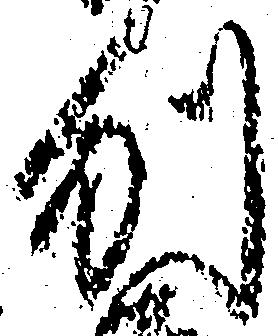
刎